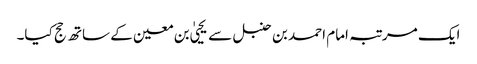
ایک مرتبہ امام احمد بن حنبل سے یحییٰ بن معین کے ساتھ حج کیا۔